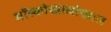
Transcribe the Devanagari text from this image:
मॉस्कोखालोखाल